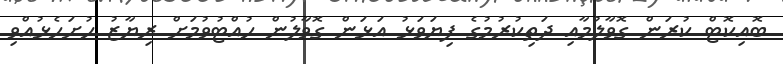
ބޮއިކޮޓް ކުރަން ގޮވާލުމާއި ދަތިކުރުމުގެ ފިޔަވަޅު އަޅަން ގޮވާލުން ހުއްޓުވުމަށް ރިޔާޒު ހުށަހެޅުއްވި